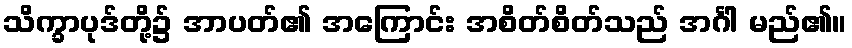
သိက္ခာပုဒ်တို့၌ အာပတ်၏ အကြောင်း အစိတ်စိတ်သည် အင်္ဂါ မည်၏။